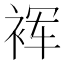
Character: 裈